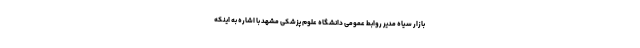
بازار سیاه مدیر روابط عمومی دانشگاه علوم پزشکی مشهد با اشاره به اینکه